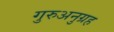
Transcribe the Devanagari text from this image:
गुरुअनुग्रह